Annual report of the Imperial Bacteriologist
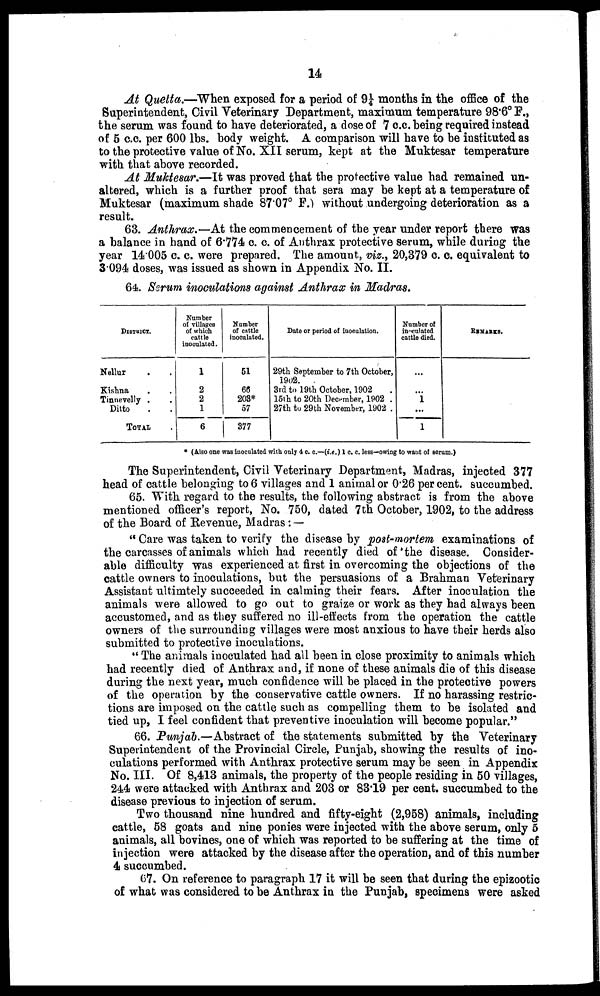
14
At Quetta.—When exposed for a period of 9¼ months in the office of the
Superintendent, Civil Veterinary Department, maximum temperature 98.6° F.,
the serum was found to have deteriorated, a dose of 7 c.c. being required instead
of 5 c.c. per 600 lbs. body weight. A comparison will have to be instituted as
to the protective value of No. XII serum, kept at the Muktesar temperature
with that above recorded.
At Muktesar.—It was proved that the protective value had remained un-
altered, which is a further proof that sera may be kept at a temperature of
Muktesar (maximum shade 87.07° F.) without undergoing deterioration as a
result.
63. Anthrax.—At the commencement of the year under report there was
a balance in hand of 6.774 c. c. of Anthrax protective serum, while during the
year 14.005 c. c. were prepared. The amount, viz., 20,379 c. c. equivalent to
3.094 doses, was issued as shown in Appendix No. II.
64. Serum inoculations against Anthrax in Madras.
DISTRICT.
Nellur . .
Kishna . .
Tinnevelly . .
Ditto . .
TOTAL
Number
of villages
of which
cattle
inoculated.
1
2
2
1
6
Number
of cattle
inoculated.
51
66
203*
57
377
Date or period of inoculation.
29th September to 7th October,
1902.
3rd to 19th October, 1902 .
15th to 20th December, 1902 .
27th to 29 th November, 1902 .
Number of
inoculated
cattle died.
...
...
1
...
1
REMARKS.
* (Also one was inoculated with only 4 c. c.—(i.e.) 1 c. c. less—owing to want of serum.)
The Superintendent, Civil Veterinary Department, Madras, injected 377
head of cattle belonging to 6 villages and 1 animal or 0.26 per cent. succumbed.
65. With regard to the results, the following abstract is from the above
mentioned officer's report, No. 750, dated 7th October, 1902, to the address
of the Board of Revenue, Madras :—
" Care was taken to verify the disease by post-mortem examinations of
the carcasses of animals which had recently died of the disease. Consider-
able difficulty was experienced at first in overcoming the objections of the
cattle owners to inoculations, but the persuasions of a Brahman Veterinary
Assistant ultimtely succeeded in calming their fears. After inoculation the
animals were allowed to go out to graize or work as they had always been
accustomed, and as they suffered no ill-effects from the operation the cattle
owners of the surrounding villages were most anxious to have their herds also
submitted to protective inoculations.
" The animals inoculated had all been in close proximity to animals which
had recently died of Anthrax and, if none of these animals die of this disease
during the next year, much confidence will be placed in the protective powers
of the operation by the conservative cattle owners. If no harassing restric-
tions are imposed on the cattle such as compelling them to be isolated and
tied up, I feel confident that preventive inoculation will become popular."
66. Punjab.—Abstract of the statements submitted by the Veterinary
Superintendent of the Provincial Circle, Punjab, showing the results of ino-
culations performed with Anthrax protective serum may be seen in Appendix
No. III. Of 8,413 animals, the property of the people residing in 50 villages,
244 were attacked with Anthrax and 203 or 83.19 per cent. succumbed to the
disease previous to injection of serum.
Two thousand nine hundred and fifty-eight (2,958) animals, including
cattle, 58 goats and nine ponies were injected with the above serum, only 5
animals, all bovines, one of which was reported to be suffering at the time of
injection were attacked by the disease after the operation, and of this number
4 succumbed.
67. On reference to paragraph 17 it will be seen that during the epizootic
of what was considered to be Anthrax in the Punjab, specimens were asked